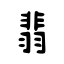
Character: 翡